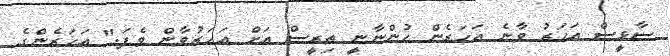
ސާޅީސް އަހަރު ވާނެ އަހަރެން ހުންނާނީ ތިރީސް އަށް އަހަރުވާން ވެފަ." އަހަރެންގެ